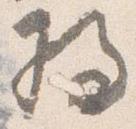
将